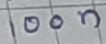
Text: 100n